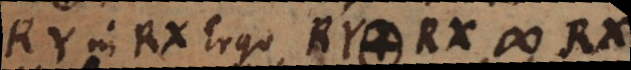
Y in RX. Ergo RY. RX # RX